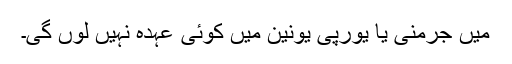
میں جرمنی یا یورپی یونین میں کوئی عہدہ نہیں لوں گی۔